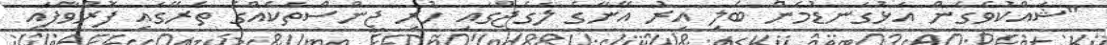
"ޝައްކުވެގެން އަޅުގަނޑުމެން ބެލި އިރު އޭނާގެ ލަގެޖްގައި ހުރި ޖީންސްތަކެއްގެ ތެރޭގައި ފޮރުވާފައި